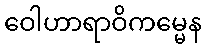
ဝေါဟာရာဝိကမ္မေန